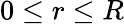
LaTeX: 0\leq r\leq R